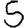
Digit: 5